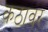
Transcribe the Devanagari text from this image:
कठावर